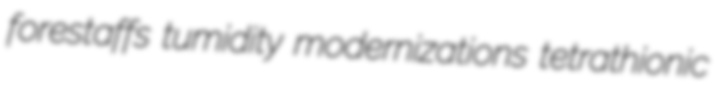
forestaffs tumidity modernizations tetrathionic